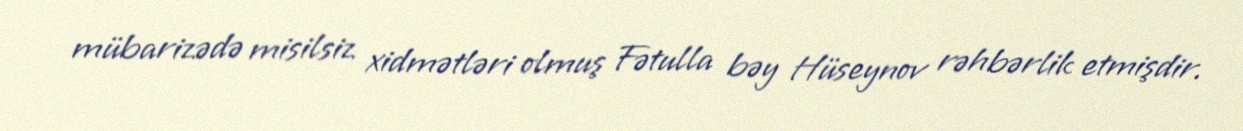
mübarizədə misilsiz xidmətləri olmuş Fətulla bəy Hüseynov rəhbərlik etmişdir.